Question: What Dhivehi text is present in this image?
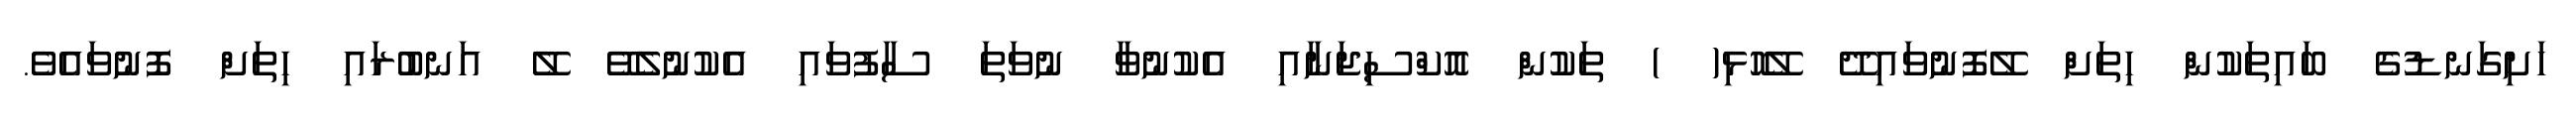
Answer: ހަށިގަނޑުގެ ބައިތަކުން ހިތަށް ލޭފޮނުވައިދޭ ލޭހޮޅި( ) ތަކުން އޮކްސިޖަނާއި އެކުނުވާ ނުވަތަ ސާފުވައި އެކުނުލެވޭ ލޭ އަނބުރައި ހިތަށް ފޮނުވައެވެ.